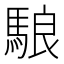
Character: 駺